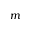
m